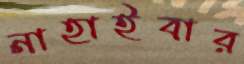
নাহাইবার